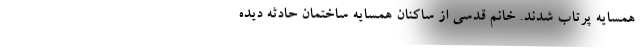
همسایه پرتاب شدند. خانم قدسی از ساکنانِ همسایه ساختمانِ حادثه دیده